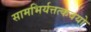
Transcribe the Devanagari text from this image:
सामभिर्यत्तत्कवयो